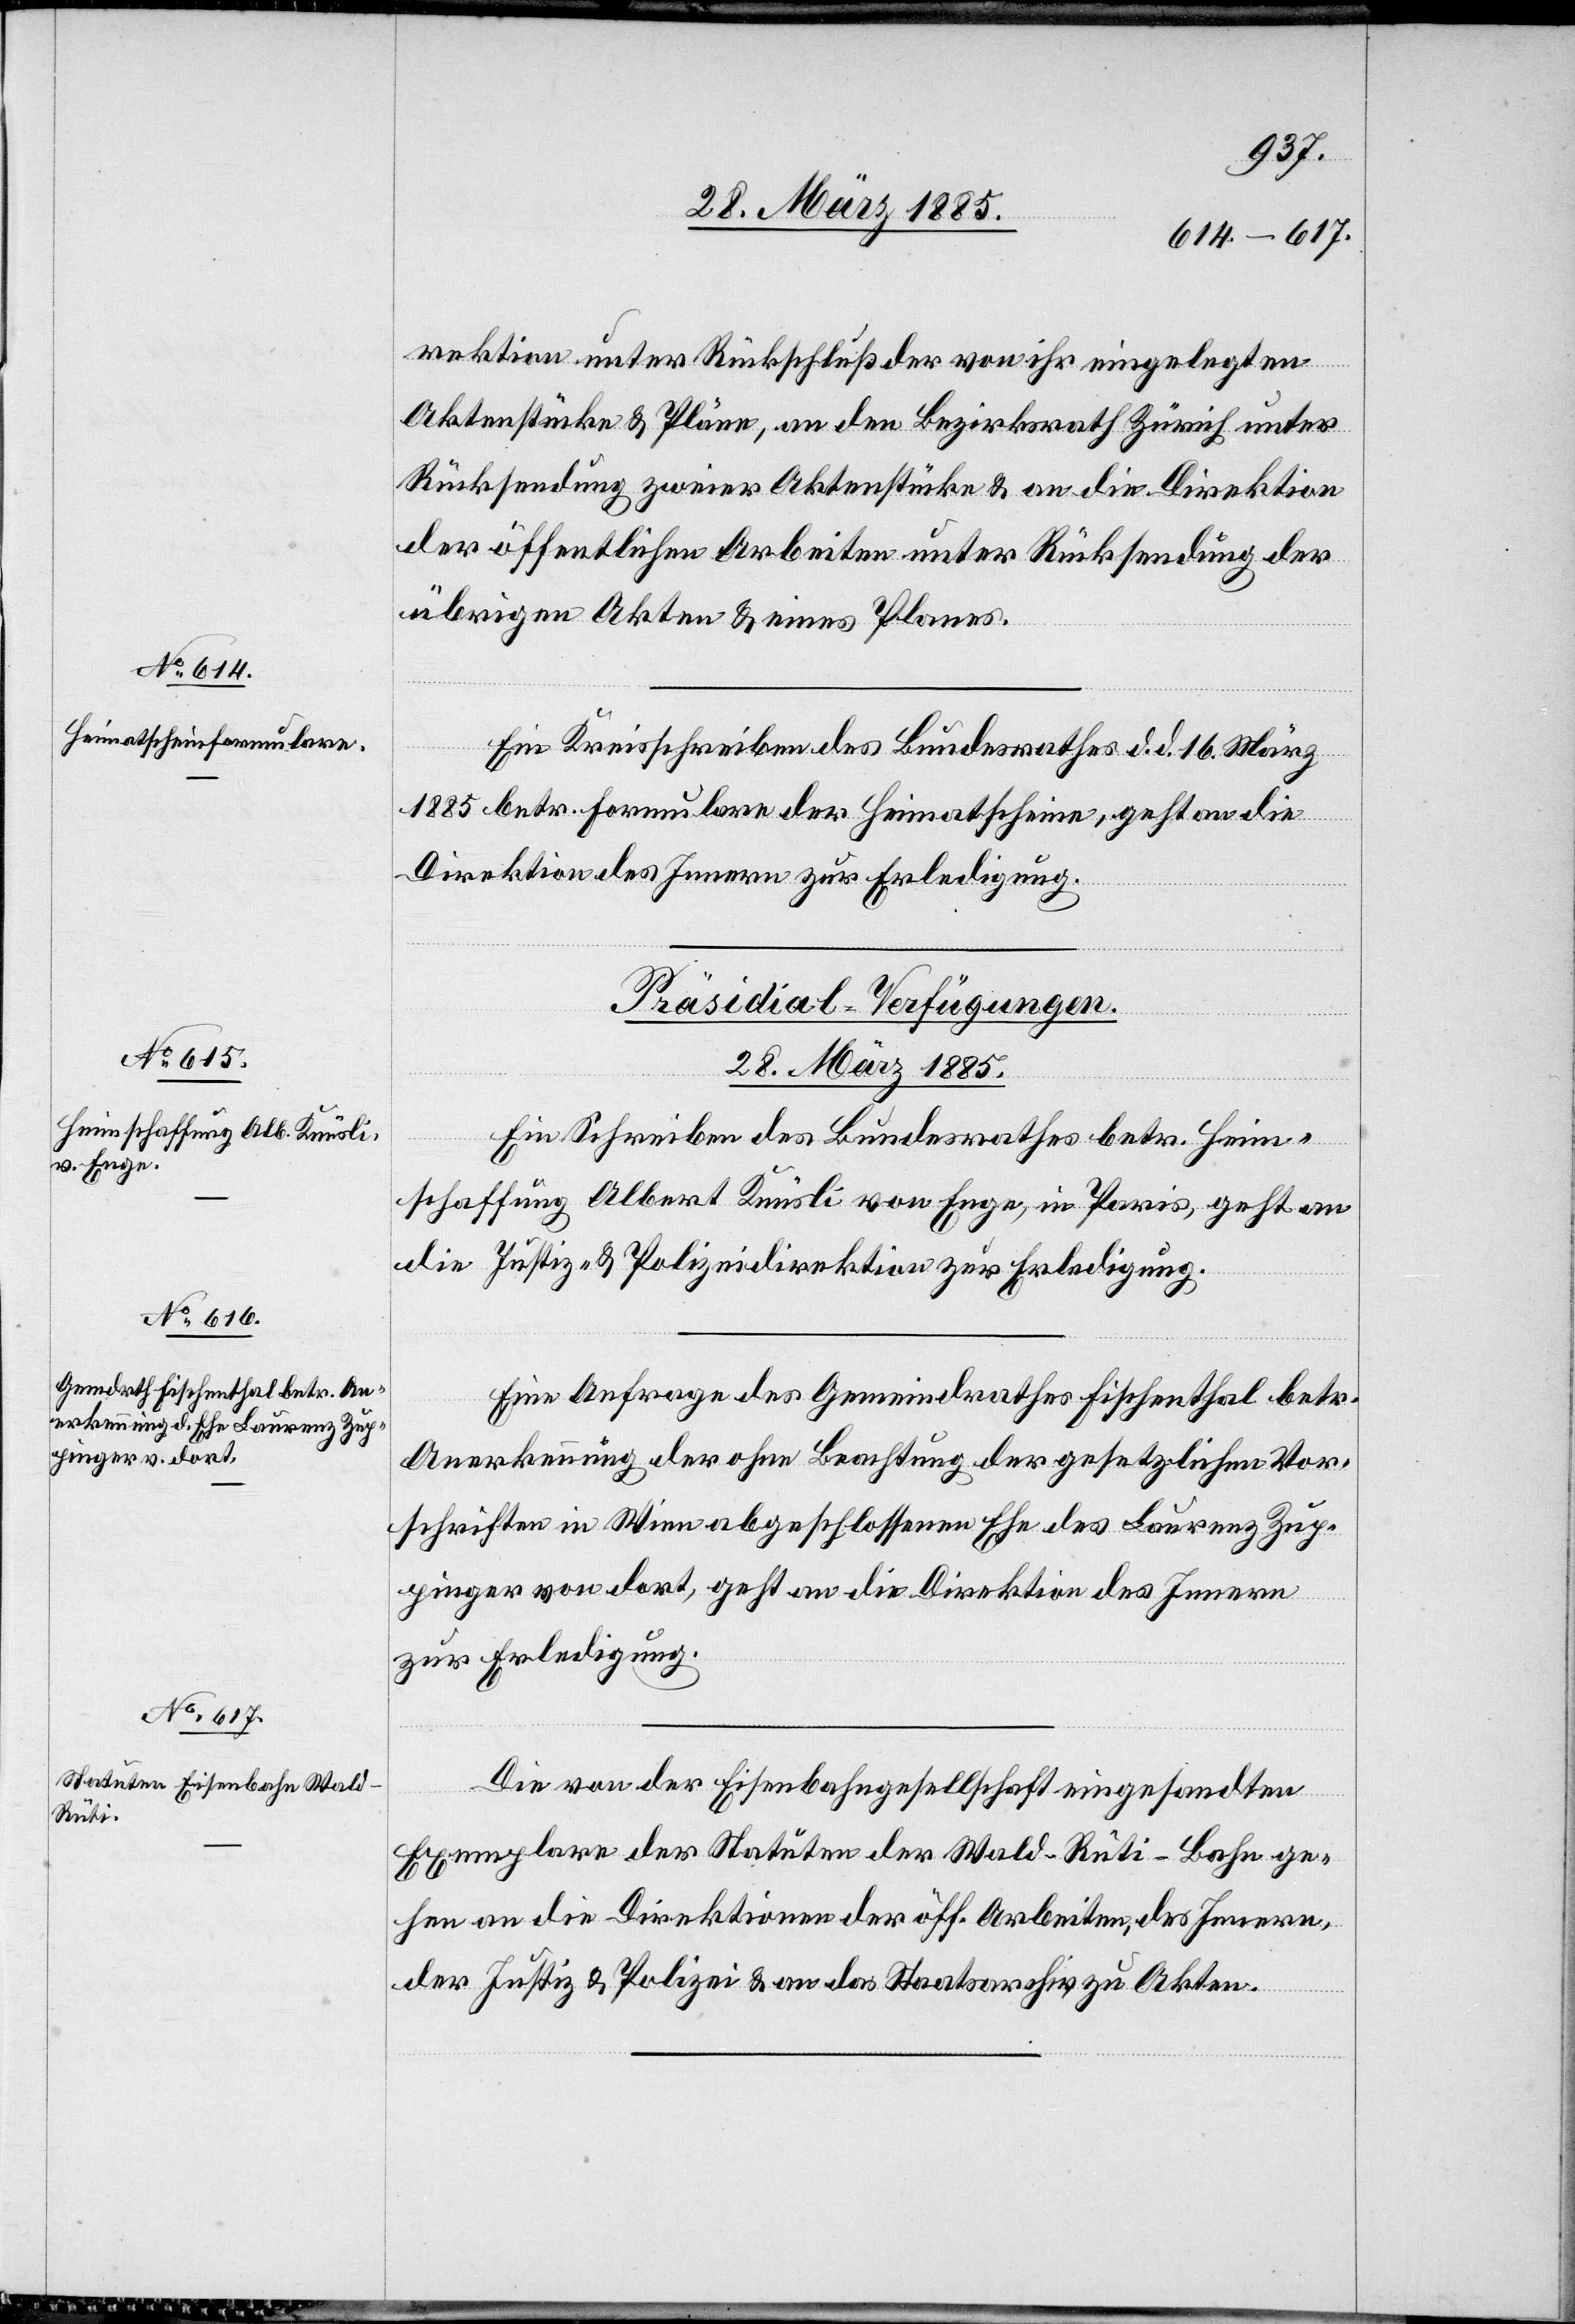
28. März 1885.]
rektion unter Rückschluß der von ihr eingelegten
Aktenstücke & Pläne, an den Bezirksrath Zürich unter
Rücksendung zweier Aktenstücke & an die Direktion
der öffentlichen Arbeiten unter Rücksendung der
übrigen Akten & eines Planes.
Ein Kreisschreiben des Bundesrathes d. d. 16. März
1885 betr. Formulare der Heimatschein[e], geht an die
Direktion des Innern zur Erledigung.
[Präsidial-Verfügungen.
28. März 1885.
Ein Schreiben des Bundesrathes betr. Heim¬
schaffung Albert Knüsli von Enge, in Paris, geht an
die Justiz- & Polizeidirektion zur Erledigung.
Eine Anfrage des Gemeindrathes Fischenthal betr.
Anerkennung der ohne Beachtung der gesetzlichen Vor¬
schriften in Wien abgeschlossenen Ehe des Laurenz Zup¬
pinger von dort, geht an die Direktion des Innern
zur Erledigung.
Die von der Eisenbahngesellschaft eingesandten
Exemplare der Statuten der Wald–Rüti-Bahn ge¬
hen an die Direktionen der öff. Arbeiten, des Innern,
der Justiz & Polizei & an das Staatsarchiv zu Akten.